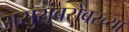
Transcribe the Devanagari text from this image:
असुरांबरोबरच्या